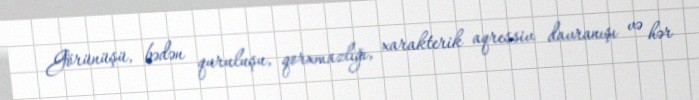
Görünüşü, bədən quruluşu, qorxmazlığı, xarakterik aqressiv davranışı və hər